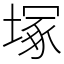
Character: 塚